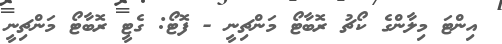
އިންޓަ މިލާންގެ ކޯޗު ރޮބާޓޯ މަންޗިނީ - ފޮޓޯ: ގެޓީ ރޮބާޓޯ މަންޗިނީ